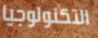
التكنولوجيا